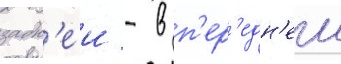
задн'еи - в п'ер'едн'еи